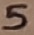
Text: 5